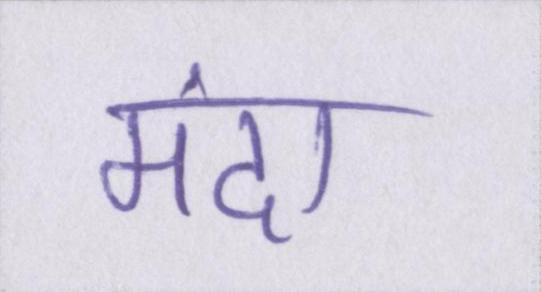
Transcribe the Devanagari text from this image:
मंदा